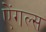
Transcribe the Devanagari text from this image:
ऐंगल्स